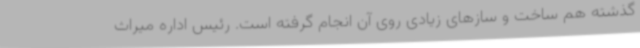
گذشته هم ساخت و سازهای زیادی روی آن انجام گرفته است. رئیس اداره میراث